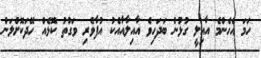
ހަމަ އެހެންމެ އާއިލީ ގުޅުން ބަދަހިވެ އާއިލާއާއެކު އުފާވެރި ވަގުތު ކޮޅެއް ހޭދަކޮށްލަން